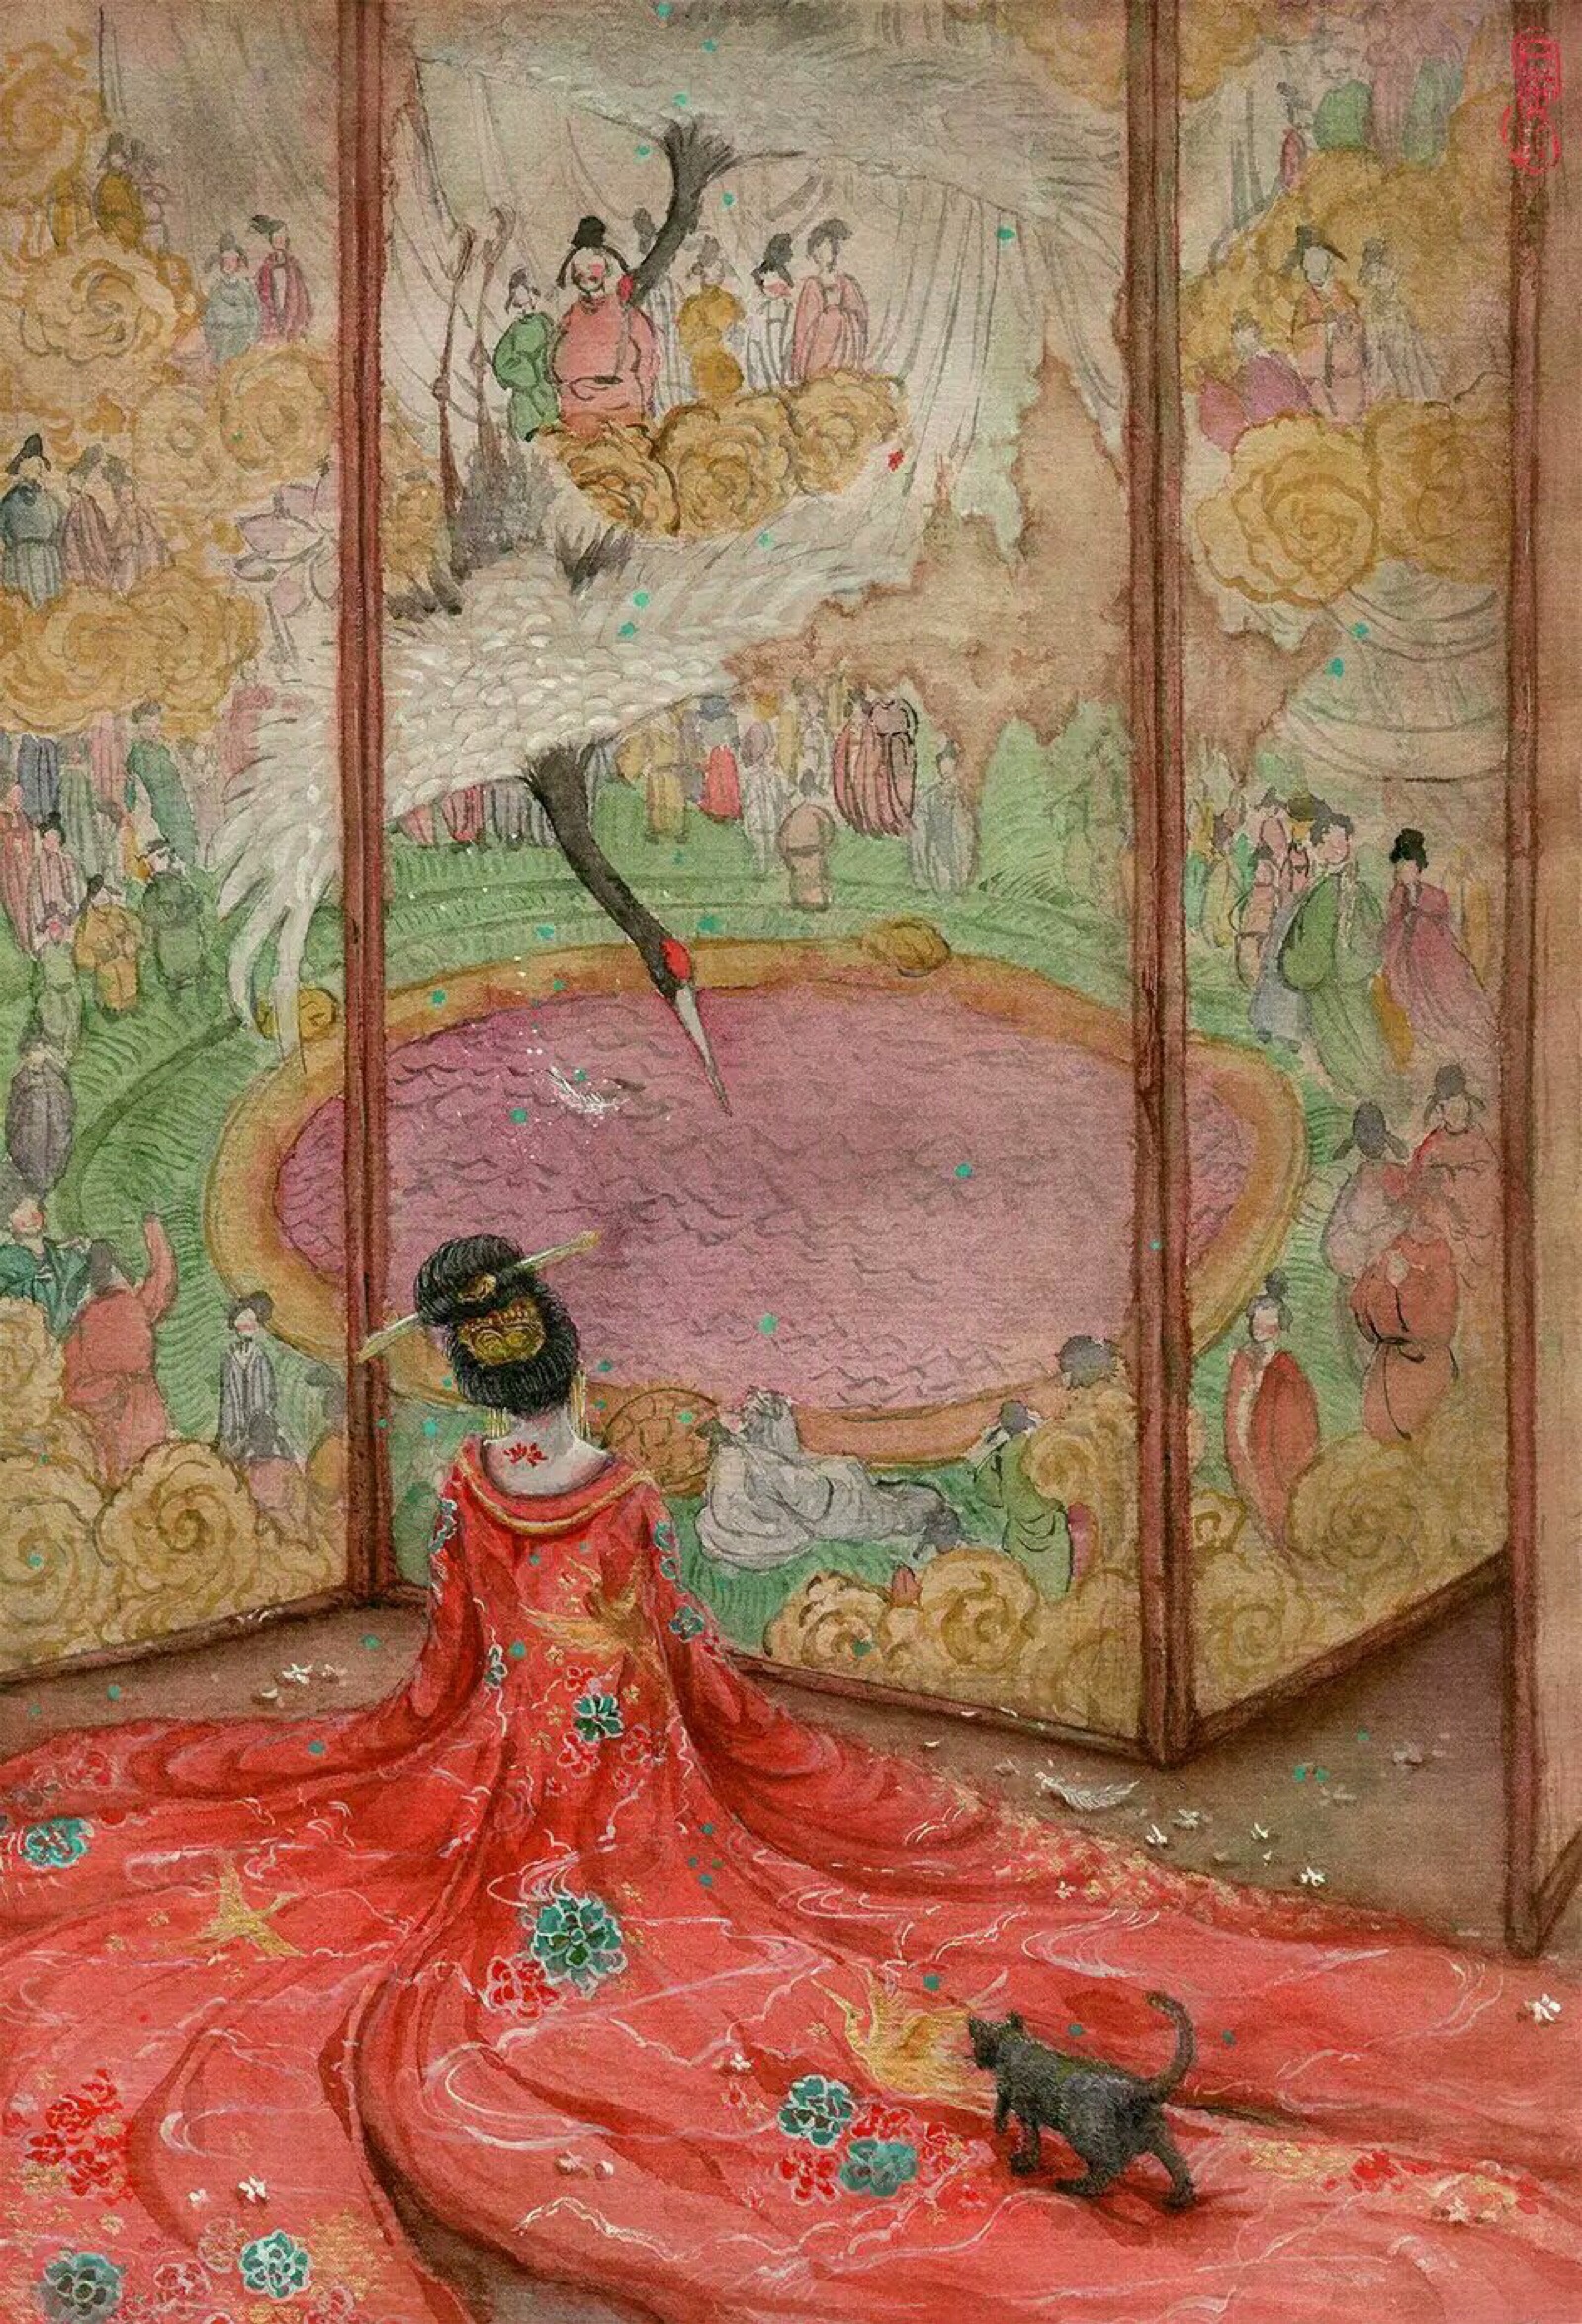
莫唱当年长恨歌，人间亦自有银河。